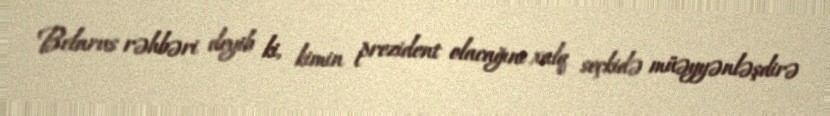
Belarus rəhbəri deyib ki, kimin prezident olacağını xalq seçkidə müəyyənləşdirə